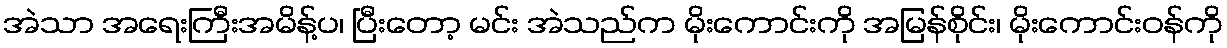
အဲသာ အရေးကြီးအမိန့်ပ၊ ပြီးတော့ မင်း အဲသည်က မိုးကောင်းကို အမြန်စိုင်း၊ မိုးကောင်းဝန်ကို